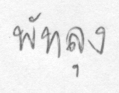
พัทลุง